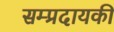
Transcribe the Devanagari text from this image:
सम्प्रदायकी